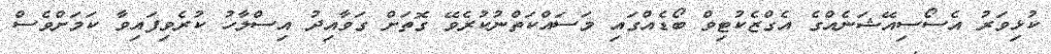
ކުޅިވަރު އެސޯސިއޭޝަނެއްގެ އެގްޒެކުޓިވް ބޯޑެއްގައި މަސައްކަތްނުކުރެވޭ ގޮތަށް ގަވާއިދު އިސްލާހު ކުރެވިފައިވާ ކަމަށްވެސް